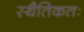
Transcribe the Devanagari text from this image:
स्थैतिकतः